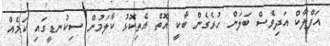
އަފްލާކް އަދިވެސް ބަލަން ހުރެގެން ބާކީ އޮތް އެތިކޮޅު ކާލަމުން ސިކުނޑީގައި ކަމެއް